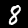
Label: 8